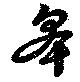
皋